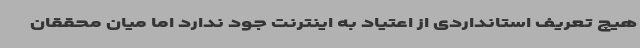
هیچ تعریف استانداردی از اعتیاد به اینترنت جود ندارد اما میان محققان